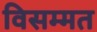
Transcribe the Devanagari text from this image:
विसम्मत